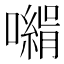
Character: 𡁰